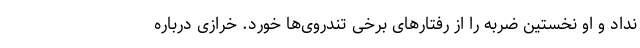
نداد و او نخستین ضربه را از رفتارهای برخی تندروی‌ها خورد. خرازی درباره